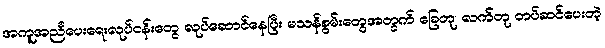
အကူအညီပေးရေးလုပ်ငန်းတွေ လုပ်ဆောင်နေပြီး မသန်စွမ်းတွေအတွက် ခြေတု၊ လက်တု တပ်ဆင်ပေးတဲ့